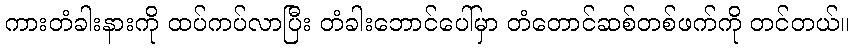
ကားတံခါးနားကို ထပ်ကပ်လာပြီး တံခါးဘောင်ပေါ်မှာ တံတောင်ဆစ်တစ်ဖက်ကို တင်တယ်။